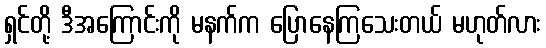
ရှင်တို့ ဒီအကြောင်းကို မနက်က ပြောနေကြသေးတယ် မဟုတ်လား